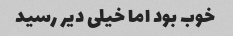
خوب بود اما خیلی دیر رسید